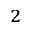
_ 2